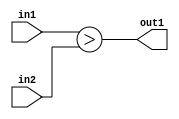
`timescale 1ps / 1ps
/*****************************************************************************
    Verilog RTL Description
    
    
    Created by: Stratus DpOpt 2019.1.01 
*******************************************************************************/

module GaussianFilter_LessThan_2Ux2U_1U_1 (
	in2,
	in1,
	out1
	); /* architecture "behavioural" */ 
input [1:0] in2,
	in1;
output  out1;
wire  asc001;

assign asc001 = (in1>in2);

assign out1 = asc001;
endmodule

/* CADENCE  urf4SQA= : u9/ySgnWtBlWxVPRXgAZ4Og= ** DO NOT EDIT THIS LINE ******/